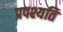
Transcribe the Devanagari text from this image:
प्रपश्यति